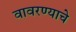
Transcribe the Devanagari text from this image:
वावरण्याचे